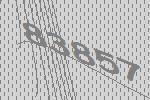
83857